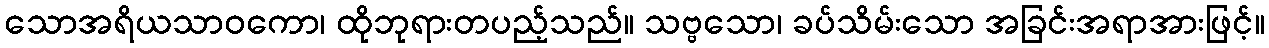
သောအရိယသာဝကော၊ ထိုဘုရားတပည့်သည်။ သဗ္ဗသော၊ ခပ်သိမ်းသော အခြင်းအရာအားဖြင့်။